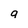
Character: a